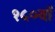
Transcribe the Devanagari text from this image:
१५०वॉ